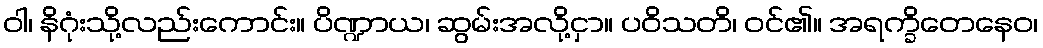
ဝါ၊ နိဂုံးသို့လည်းကောင်း။ ပိဏ္ဍာယ၊ ဆွမ်းအလို့ငှာ။ ပဝိသတိ၊ ဝင်၏။ အရက္ခိတေနေဝ၊